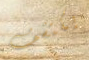
يكتشف